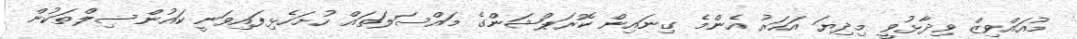
މުއައްވިޒް ވިދާޅުވީ މިދިޔަ އަހަރު އެންމެ ގިނައިން ކޮރަޕްޝަންގެ މައްސަލަތައް ހުށަހެޅިފައިވަނީ ކައުންސިލްތަކުން